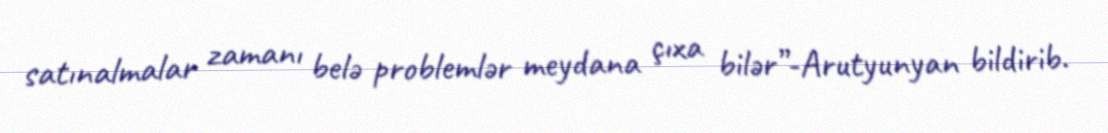
satınalmalar zamanı belə problemlər meydana çıxa bilər”-Arutyunyan bildirib.